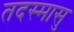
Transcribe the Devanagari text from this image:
तदस्मासु